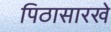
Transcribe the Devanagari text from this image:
पिठासारखे